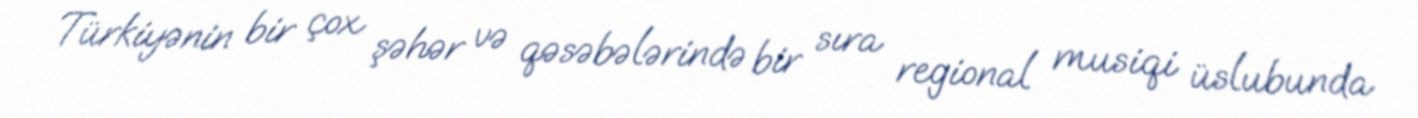
Türkiyənin bir çox şəhər və qəsəbələrində bir sıra regional musiqi üslubunda